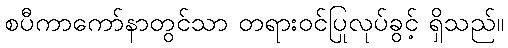
စပီကာကော်နာတွင်သာ တရားဝင်ပြုလုပ်ခွင့် ရှိသည်။